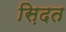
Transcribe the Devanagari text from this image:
स़िदत